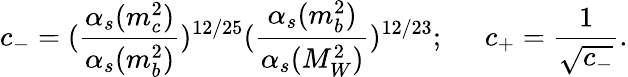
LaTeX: c_{-}=({\frac{\alpha_{s}(m_{c}^{2})}{\alpha_{s}(m_{b}^{2})}})^{12/25}({\frac{\alpha_{s}(m_{b}^{2})}{\alpha_{s}(M_{W}^{2})}})^{12/23};\; \; \; \; \; c_{+}={\frac{1}{\sqrt{c_{-}}}}.